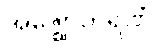
အဇ္ဈောဟရဏံ